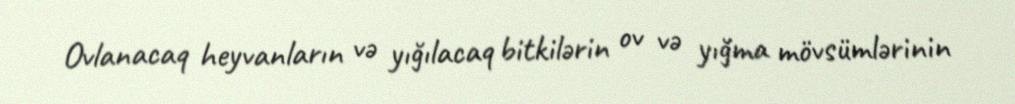
Ovlanacaq heyvanların və yığılacaq bitkilərin ov və yığma mövsümlərinin